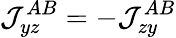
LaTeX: \mathcal{J}_{yz}^{AB}=-\mathcal{J}_{zy}^{AB}